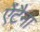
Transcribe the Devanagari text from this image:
ऐंटैना